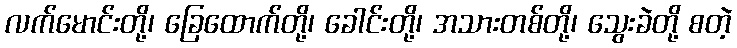
လက်မောင်းတို့၊ ခြေထောက်တို့၊ ခေါင်းတို့၊ အသားတစ်တို့၊ သွေးခဲတို့ စတဲ့